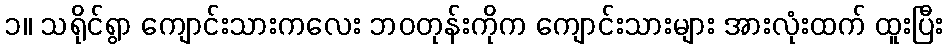
၁။ သရိုင်ရွာ ကျောင်းသားကလေး ဘဝတုန်းကိုက ကျောင်းသားများ အားလုံးထက် ထူးပြီး